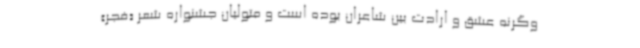
وگرنه عشق و ارادت بین شاعران بوده است و متولیان جشنواره شعر «فجر»